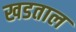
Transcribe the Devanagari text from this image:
खडताल